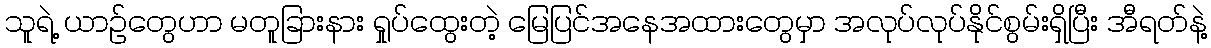
သူရဲ့ ယာဉ်တွေဟာ မတူခြားနား ရှုပ်ထွေးတဲ့ မြေပြင်အနေအထားတွေမှာ အလုပ်လုပ်နိုင်စွမ်းရှိပြီး အီရတ်နဲ့